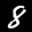
Label: 8